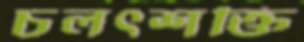
চলৎশক্তি